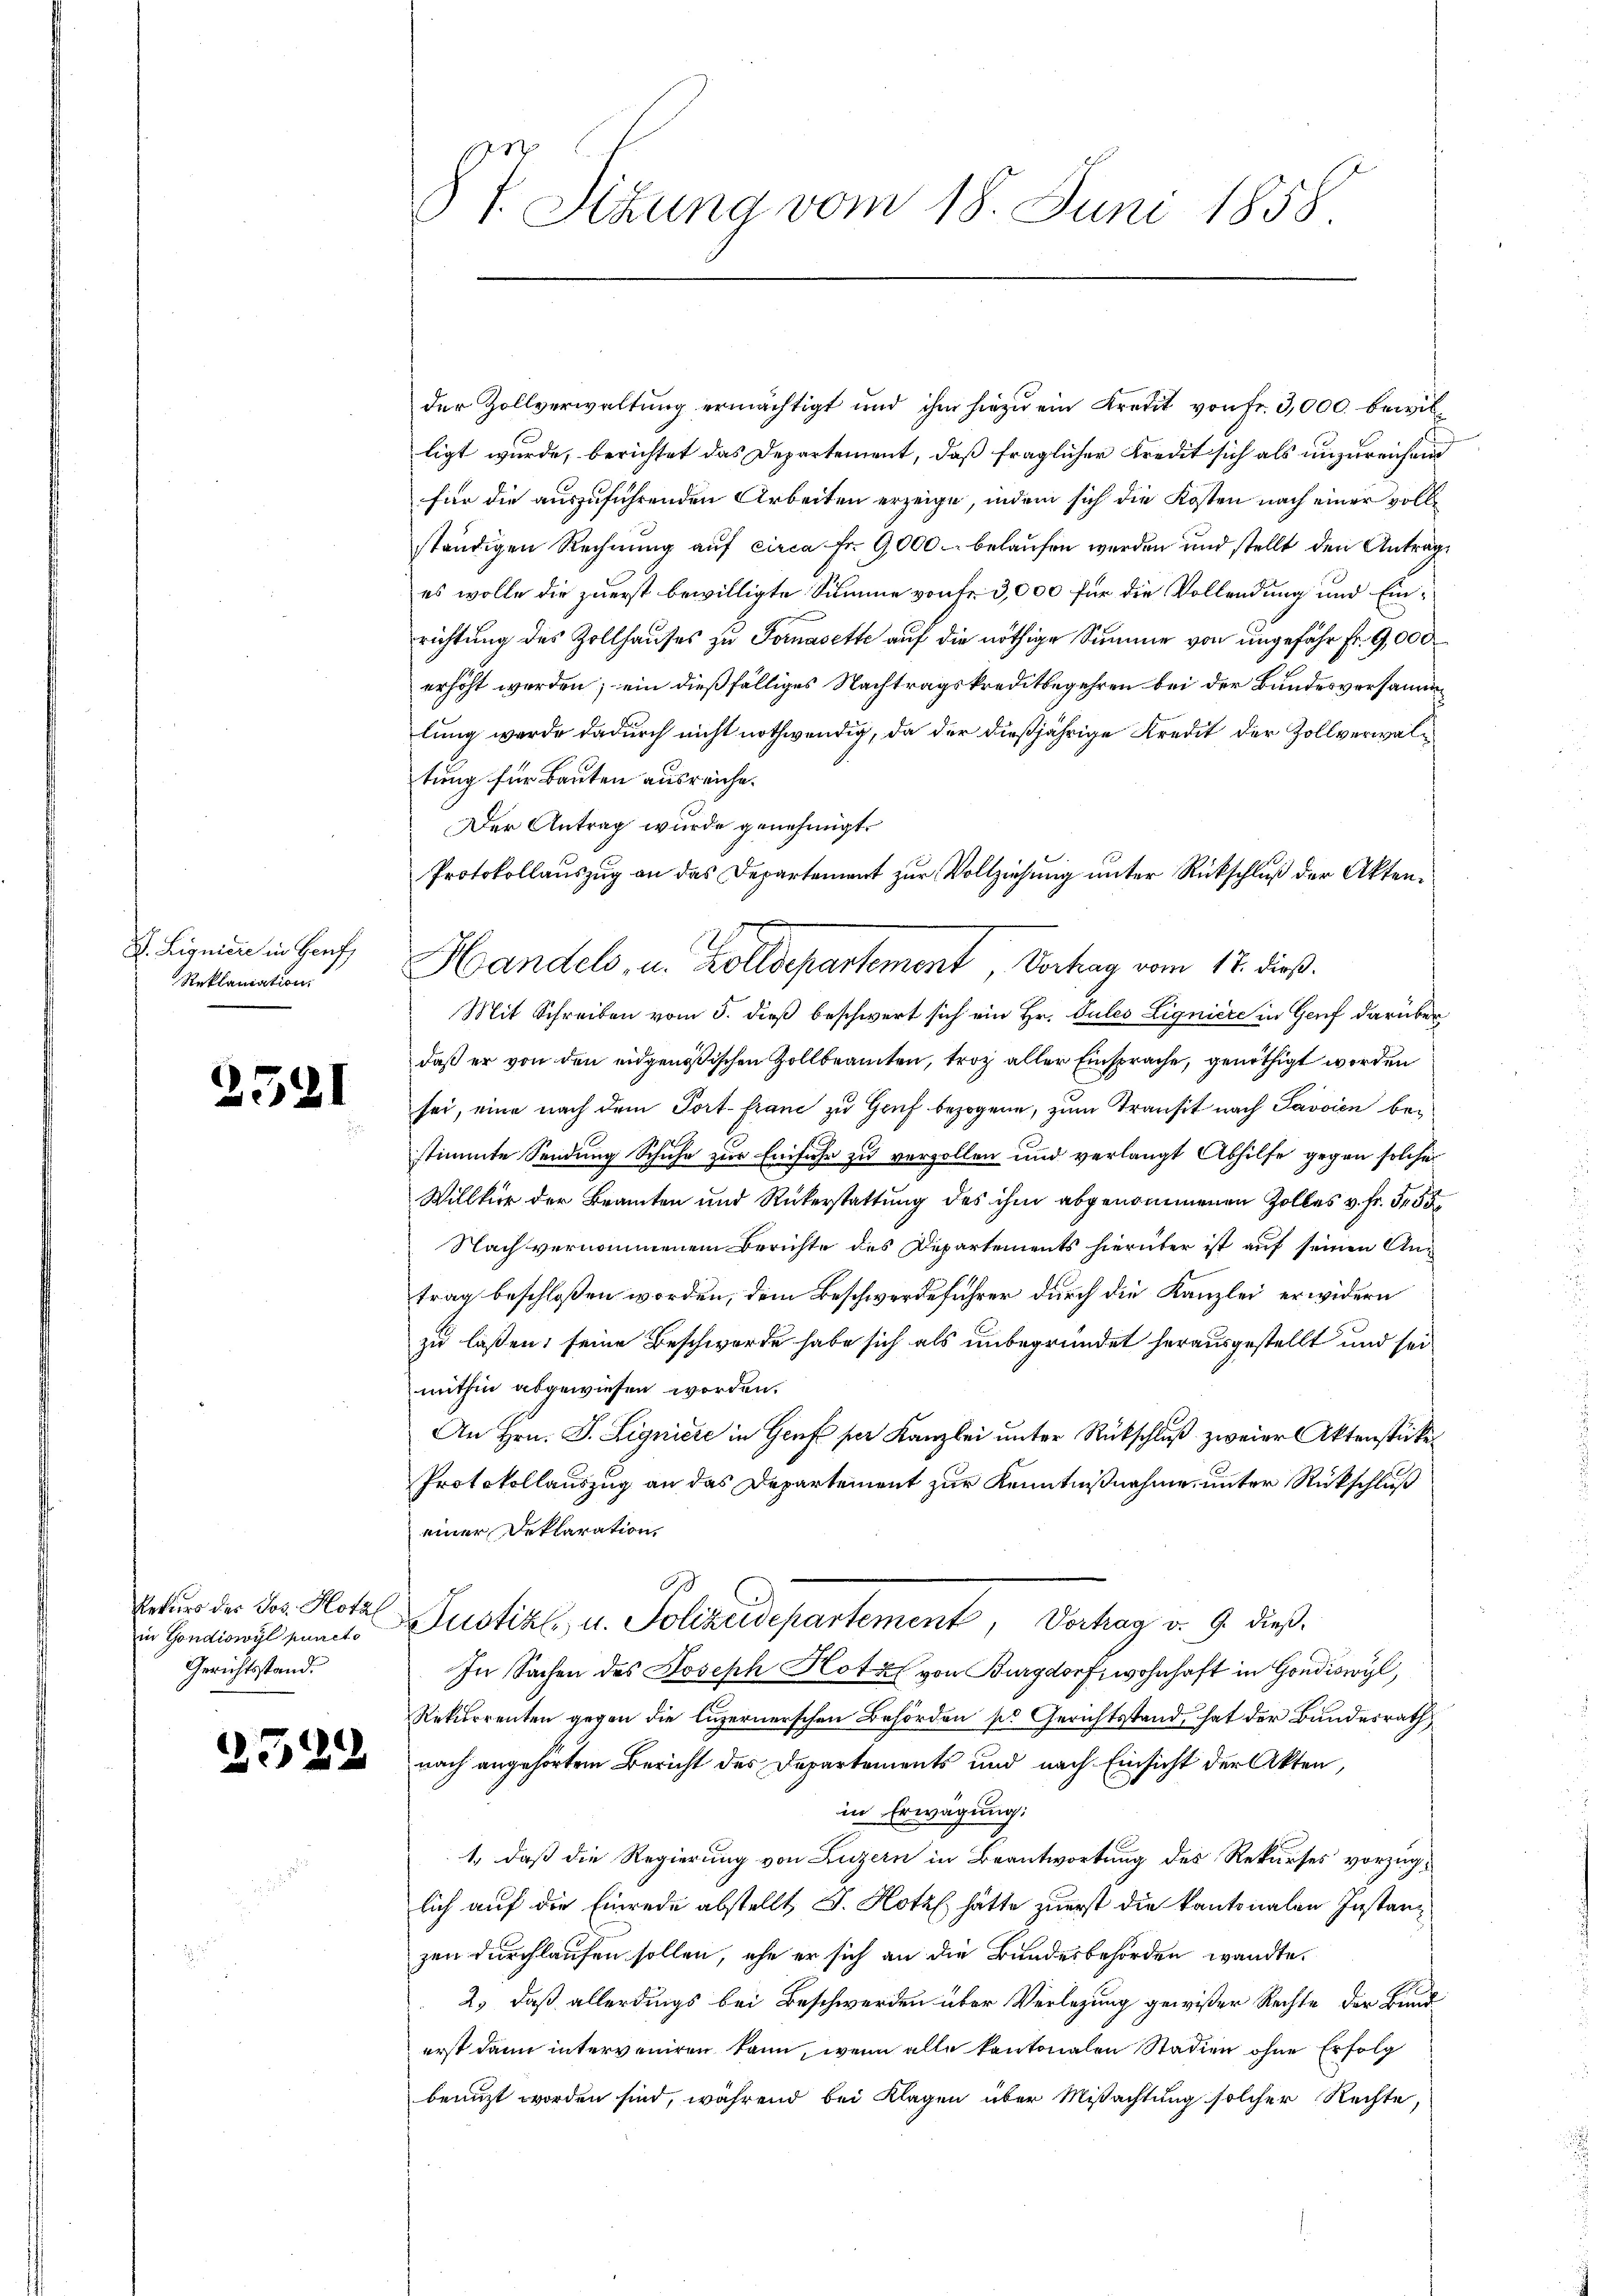
V. Liquidie in Genf,
Reklamation

2521

Rekurs des Jos. Hotal
in Gondiswyl puncto
Gerichtsstand.

2529

§ 7. Sizung vom 18. Juni 1858.

der Zollverwaltung ermächtigt und ihm hiezu ein Kredit von Fr. 3,000 bewilligt wurde, berichtet das Departement, daß fraglicher Kredit sich als unzureichend
für die auszuführenden Arbeiten erzeige, indem sich die Kosten nach einer vollständigen Rechnung auf circa Fr. 9000 belaufen werden und stellt den Anträges wolle die zuerst bewilligte Summe von Fr. 3,000 für die Vollendung und Einrichtung des Zollhauses zu Fornasette auf die nöthige Summe von ungefähr fr. 9,000
erhöht werden; ein dießfälliges Nachtragskreditbegehren bei der Bundesversammlung werde dadurch nicht nothwendig, da der dießjährige Kredit der Zollverwaltung für Bauten ausreiche.
Der Antrag wurde genehmigt.
Handels, u. Zolldepartement, Verhag vom 12. dieß.
Mit Schreiben vom 5. dieß beschwert sich ein Hr. Sules Ligniere in Genf darüber
daß er von den eidgenößischen Zollbeamten, troz aller Einsprache, genöthigt worden
sei, eine nach dem Port- franc zu Gruf bezogene, zum Transit nach Pavvien bestimmte Sendung Schuhe zur Einfuhr zu verzollen und verlangt Abhilfe gegen solcher
Willkür der Beamten und Rükerstattung des ihm abgenommenen Zolles v. Fr. 555
Nach vernommenem Berichte des Departements hierüber ist auf seinen Untrag beschlossen worden, dem Beschwerdeführer durch die Kanzlei erwidern
zu laßen; seine Beschwerde habe sich als unbegründet herausgestellt und sei
mithin abgewiesen worden.
An Hrn. J. Ligniere in Genf per Kanzlei unter Rückschluß zweier Aktenstücke¬
Protokollauszug an das Departement zur Kenntnißnahme, unter Rückschluß
einer Deklaration,
O
Justizl., u. Polizeidepartement, Vortrag v. 9. dieß
In Sachen des Joseph Hotel von Burgdorf, wohnhaft in Go
Rekurrenten gegen die luzernerschen Behörden ses Gerichtstand, hat der Bundesrath
nach angehörtem Bericht des Departements und nach Einsicht der Akten,
in Erwägung.
1., daß die Regierung von Luzern in Beantwortung des Rekurses vorzuglich auf die Einrede abstellt J. Hotz hätte zuerst die kantonalen Instanz
zen durchlaufen sollen, ehe er sich an die Bundesbehörden wandte.
2.) daß allerdings bei Beschwerden über Verlegung gewißer Rechte der Bund
erst dann interveniren kann, wenn alle kantonalen Stadien ohne Erfolg
benuzt worden sind, während bei Klagen über Missachtung solcher Rechte,

Protokollauszug an das Departement zur Vollziehung unter Rückschluß der Akten¬